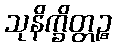
သုနိက္ခိတ္တဉ္စ